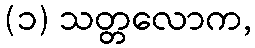
(၁) သတ္တလောက,